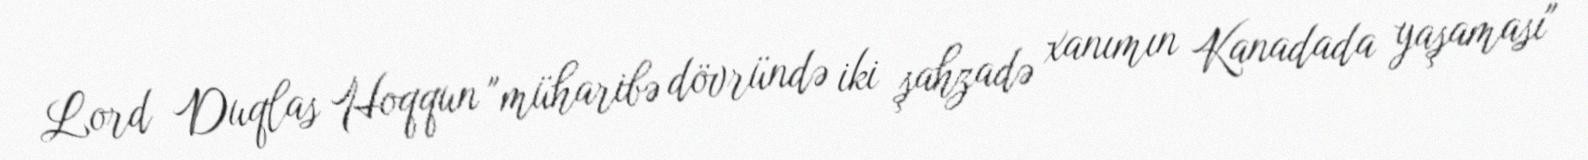
Lord Duqlas Hoqqun "müharibə dövründə iki şahzadə xanımın Kanadada yaşaması"